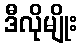
ဒီလိုမျိုး